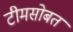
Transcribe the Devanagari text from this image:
टीमसोबत